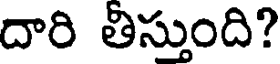
దారి తిస్తుంది?